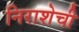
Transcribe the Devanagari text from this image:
निराशेची